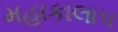
મહાકાલાપ